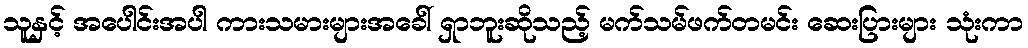
သူနှင့် အပေါင်းအပါ ကားသမားများအခေါ် ရှာဘူးဆိုသည့် မက်သမ်ဖက်တမင်း ဆေးပြားများ သုံးကာ